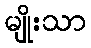
မျိုးသာ